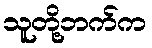
သူတို့ဘက်က